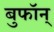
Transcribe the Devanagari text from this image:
बुफॉन्